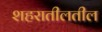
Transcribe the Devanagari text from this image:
शहरातीलतील